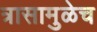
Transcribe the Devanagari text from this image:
त्रासामुळेच